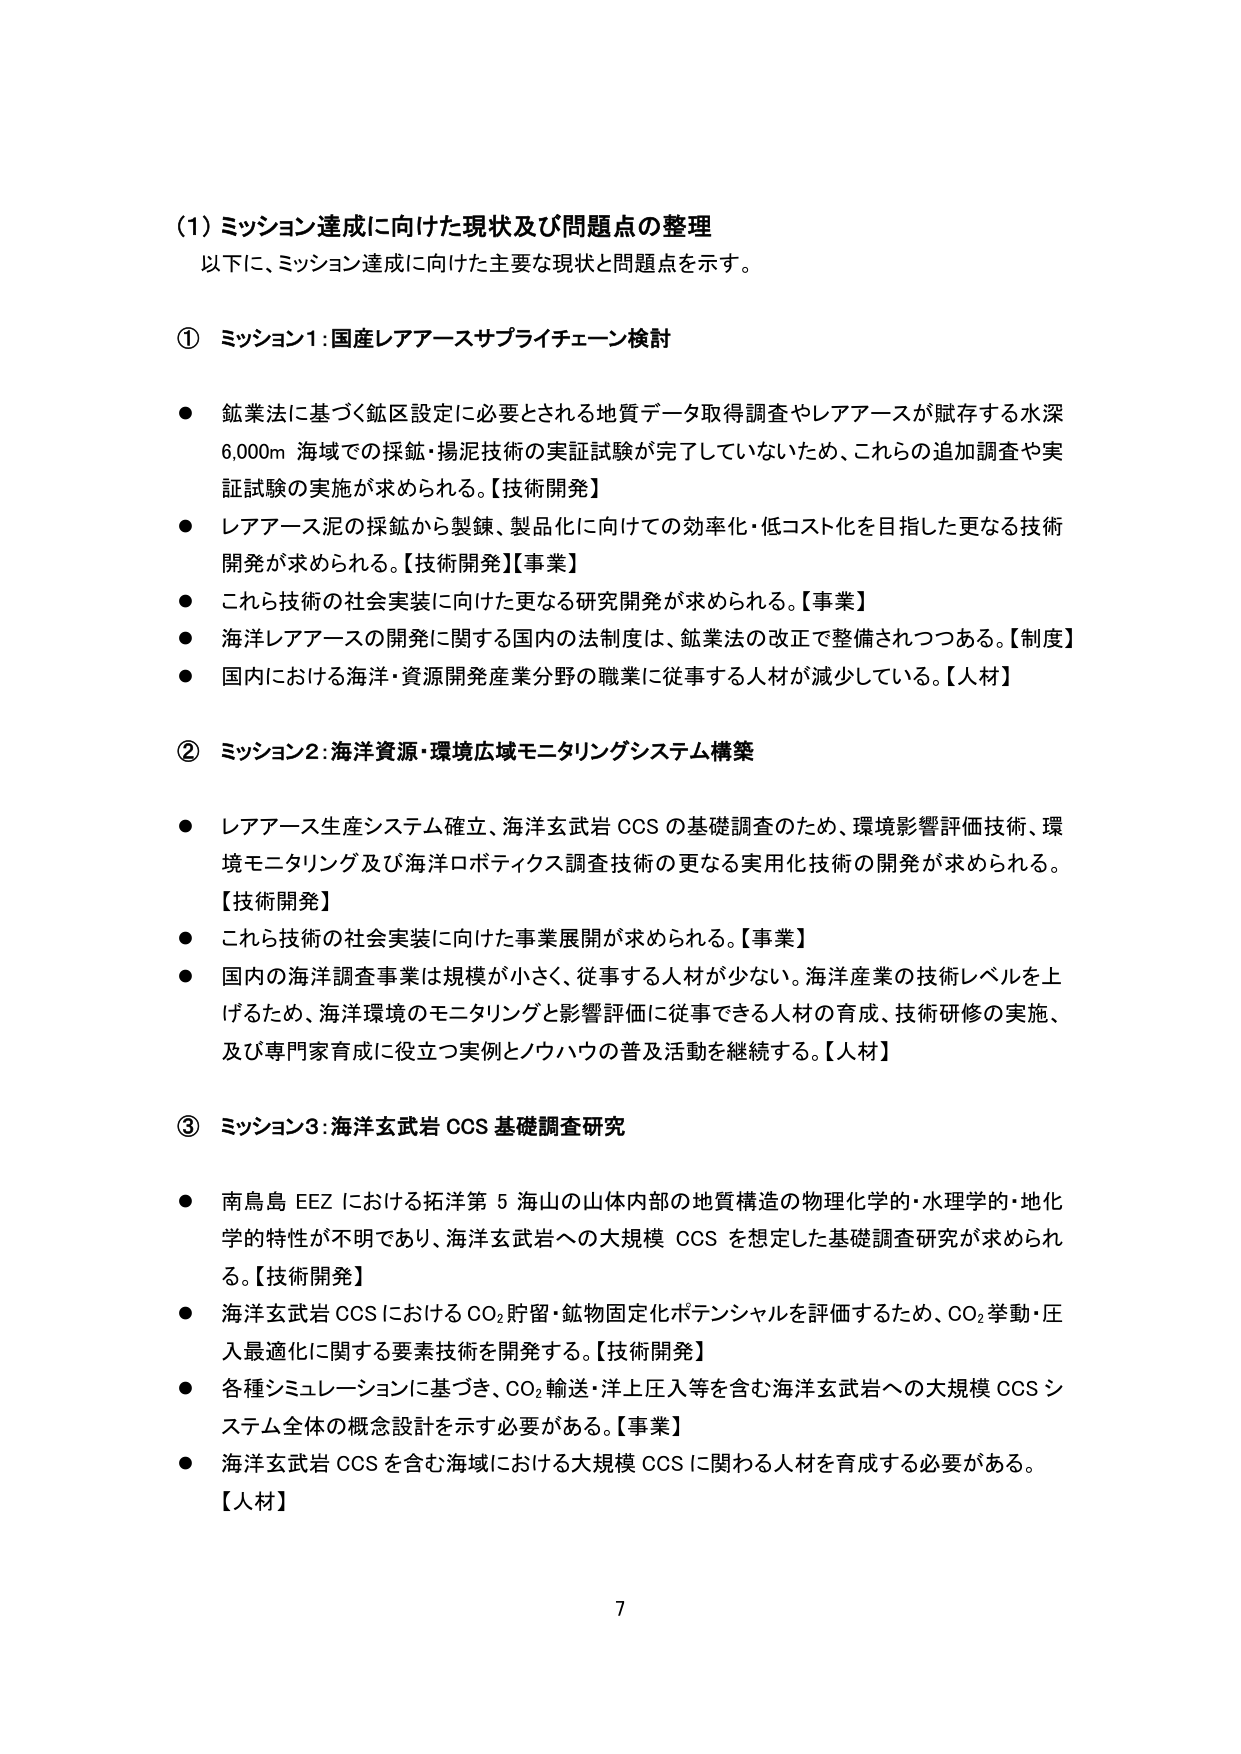
(1) ミッション達成に向けた現状及び問題点の整理
以下に、ミッション達成に向けた主要な現状と問題点を示す。

① ミッション1：国産レアアースサプライチェーン検討
● 鉱業法に基づく鉱区設定に必要とされる地質データ取得調査やレアアースが賦存する水深6,000m海域での採鉱・揚泥技術の実証試験が完了していないため、これらの追加調査や実証試験の実施が求められる。【技術開発】
● レアアース泥の採鉱から製錬、製品化に向けての効率化・低コスト化を目指した更なる技術開発が求められる。【技術開発】【事業】
● これら技術の社会実装に向けた更なる研究開発が求められる。【事業】
● 海洋レアアースの開発に関する国内の法制度は、鉱業法の改正で整備されつつある。【制度】
● 国内における海洋・資源開発産業分野の職業に従事する人材が減少している。【人材】

② ミッション2：海洋資源・環境広域モニタリングシステム構築
● レアアース生産システム確立、海洋玄武岩CCSの基礎調査のため、環境影響評価技術、環境モニタリング及び海洋ロボティクス調査技術の更なる実用化技術の開発が求められる。【技術開発】
● これら技術の社会実装に向けた事業展開が求められる。【事業】
● 国内の海洋調査事業は規模が小さく、従事する人材が少ない。海洋産業の技術レベルを上げるため、海洋環境のモニタリングと影響評価に従事できる人材の育成、技術研修の実施、及び専門家育成に役立つ実例とノウハウの普及活動を継続する。【人材】

③ ミッション3：海洋玄武岩CCS基礎調査研究
● 南鳥島EEZにおける拓洋第5海山の山体内部の地質構造の物理化学的・水理学的・地化学的特性が不明であり、海洋玄武岩への大規模CCSを想定した基礎調査研究が求められる。【技術開発】
● 海洋玄武岩CCSにおけるCO₂貯留・鉱物固定化ポテンシャルを評価するため、CO₂挙動・圧入最適化に関する要素技術を開発する。【技術開発】
● 各種シミュレーションに基づき、CO₂輸送・洋上圧入等を含む海洋玄武岩への大規模CCSシステム全体の概念設計を示す必要がある。【事業】
● 海洋玄武岩CCSを含む海域における大規模CCSに関わる人材を育成する必要がある。【人材】

7